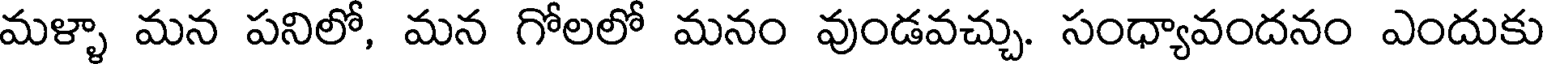
మళ్ళా మన పనిలో, మన గోలలో మనం వుండవచ్చు. సంధ్యావందనం ఎందుకు